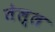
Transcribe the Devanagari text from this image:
तेल्ल